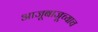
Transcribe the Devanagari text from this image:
आजूबाजूच्याच